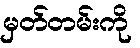
မှတ်တမ်းကို